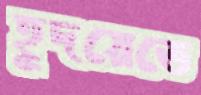
হূদয়েতে